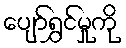
ပျော်ရွှင်မှုကို